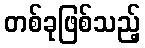
တစ်ခုဖြစ်သည့်